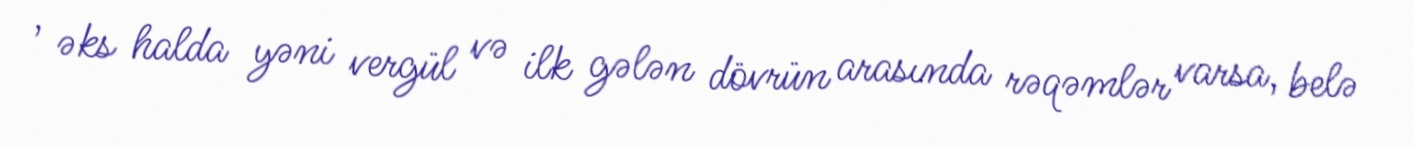
, əks halda yəni vergül və ilk gələn dövrün arasında rəqəmlər varsa, belə